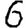
Digit: 6